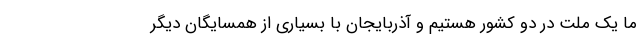
ما یک ملت در دو کشور هستیم و آذربایجان با بسیاری از همسایگان دیگر